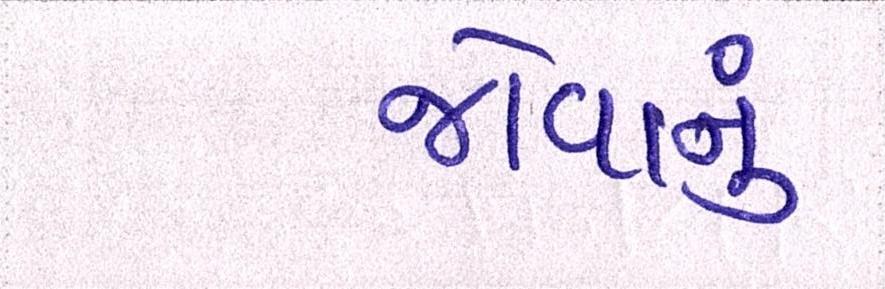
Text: જોવાનું